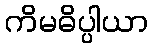
ကိမဓိပ္ပါယာ